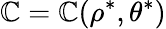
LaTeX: \mathbb{C}=\mathbb{C}(\rho^{\ast},\theta^{\ast})